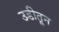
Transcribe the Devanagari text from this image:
उडीतून